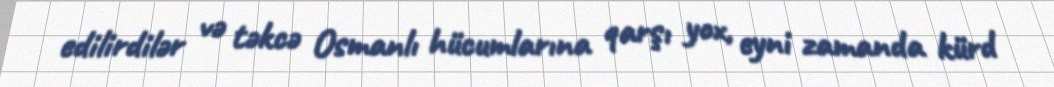
edilirdilər və təkcə Osmanlı hücumlarına qarşı yox, eyni zamanda kürd